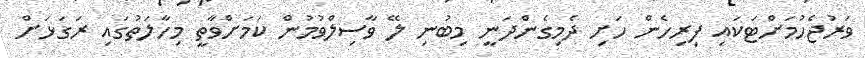
ވަރުޖެހުމަށްޓަކައި ފިރިހެން ހަށި ދެމިގެންދަނީ މިބުނި ލޭ ވާސިލްވުމުން ކަމަށްވާތީ މިހާލަތުގައި ރަގަޅަށް